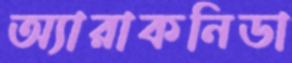
অ্যারাকনিডা